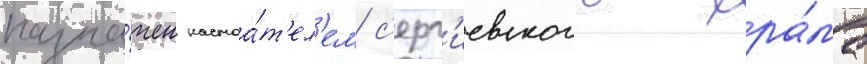
назна́чен настоа́т'ел'ем с'ерг'иевского хра́ма